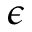
\epsilon